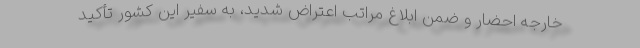
خارجه احضار و ضمن ابلاغ مراتب اعتراض شدید، به سفیر این کشور تأکید